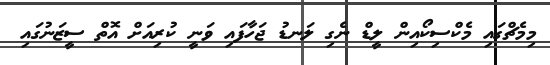
މިމެޗްގައި މެކްސިކޯއިން ލީޑް ނެގި ލަނޑު ޖަހާފައި ވަނީ ކުރިއަށް އޮތް ސީޒަނުގައި